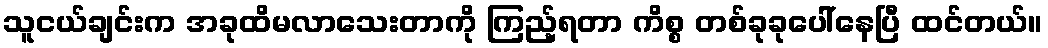
သူငယ်ချင်းက အခုထိမလာသေးတာကို ကြည့်ရတာ ကိစ္စ တစ်ခုခုပေါ်နေပြီ ထင်တယ်။